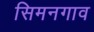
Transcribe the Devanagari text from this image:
सिमनगाव